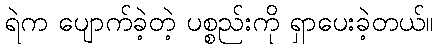
ရဲက ပျောက်ခဲ့တဲ့ ပစ္စည်းကို ရှာပေးခဲ့တယ်။